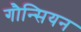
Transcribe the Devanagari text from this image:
गौन्सियन